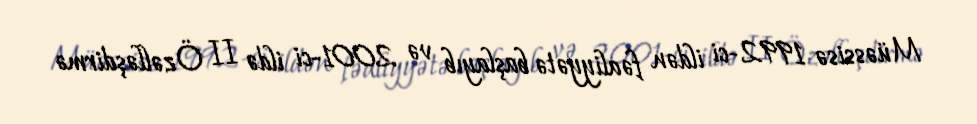
Müəssisə 1992-ci ildən fəaliyyətə başlayıb və 2001-ci ildə II Özəlləşdirmə